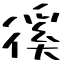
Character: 徯